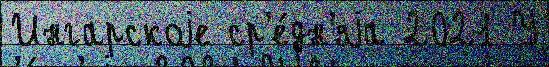
Ингарскоjе ср'е́дн'яjа 2021 У